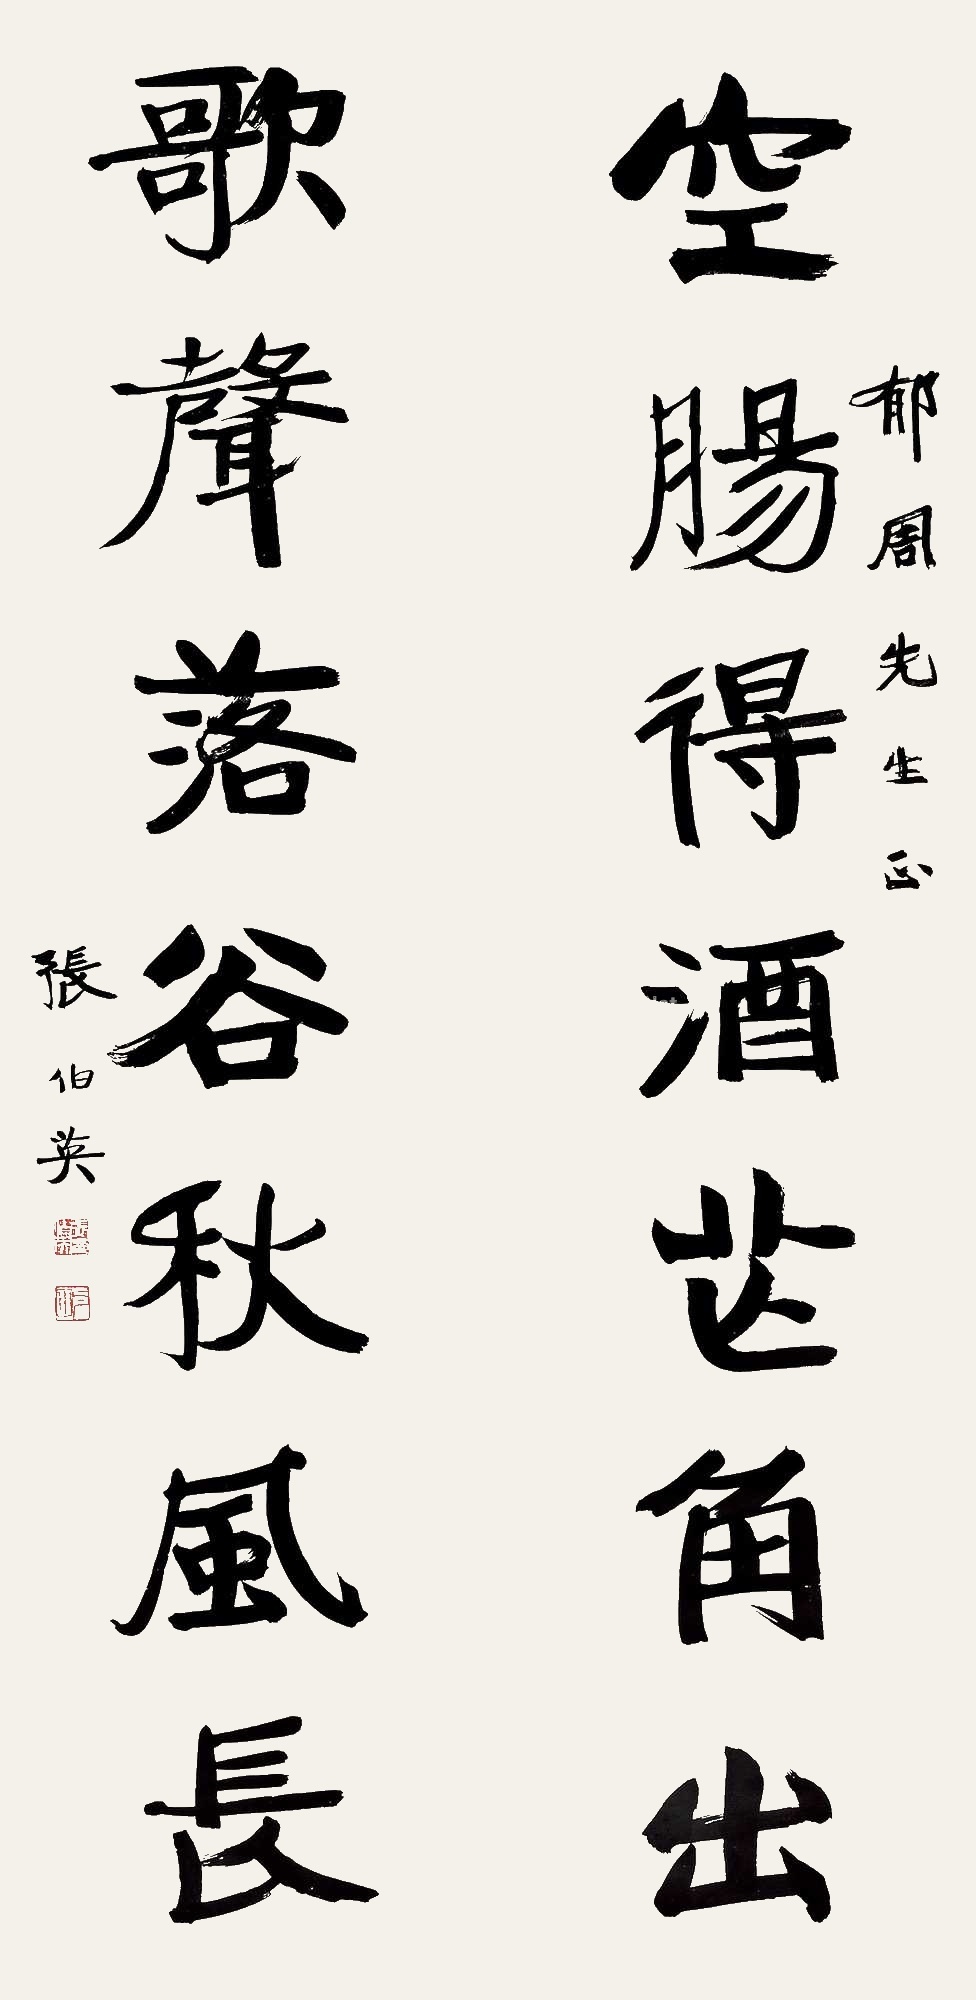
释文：空肠得酒芒角出，歌声落谷秋风长。郁周先生正，张伯英。